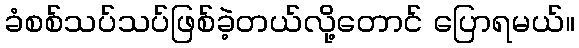
ခံစစ်သပ်သပ်ဖြစ်ခဲ့တယ်လို့တောင် ပြောရမယ်။